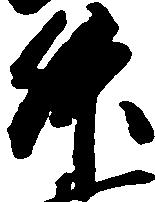
升